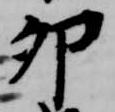
卯